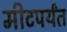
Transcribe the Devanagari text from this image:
मीटपर्यंत